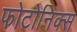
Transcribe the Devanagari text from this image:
फोटोनिक्स